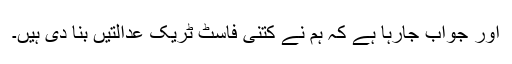
اور جواب جارہا ہے کہ ہم نے کتنی فاسٹ ٹریک عدالتیں بنا دی ہیں۔